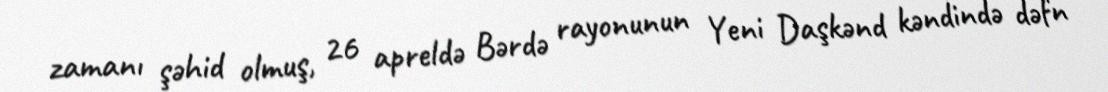
zamanı şəhid olmuş, 26 apreldə Bərdə rayonunun Yeni Daşkənd kəndində dəfn